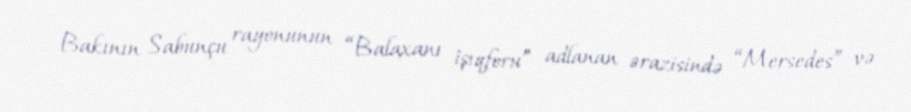
Bakının Sabunçu rayonunun “Balaxanı işıqforu” adlanan ərazisində “Mersedes” və